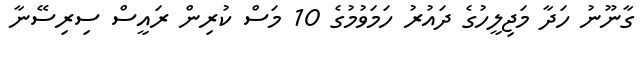
ގާނޫނު ހަދާ މަޖިލީހުގެ ދައުރު ހަމަވުމުގެ 10 މަސް ކުރިން ރައީސް ސިރިސޭނާ